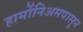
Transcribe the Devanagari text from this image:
हार्मोनिअमपासून